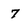
Character: 7